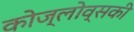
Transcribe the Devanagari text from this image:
कोज्लोव्सकी